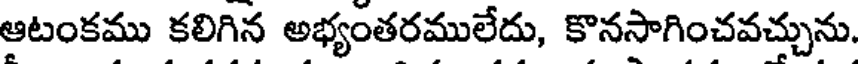
ఆటంకము కలిగిన అభ్యంతరములేదు, కొనసాగించవచ్చును.